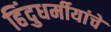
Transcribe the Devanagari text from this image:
हिंदुधर्मीयांचे